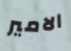
الامير